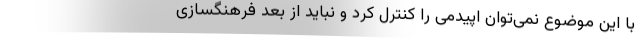
با این موضوع نمی‌توان اپیدمی را کنترل کرد و نباید از بُعد فرهنگسازی